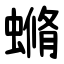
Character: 䗛